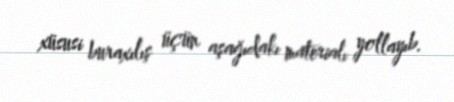
xüsusi buraxılış üçün aşağıdakı materialı yollayıb.